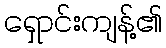
ရှောင်းကျန့်၏